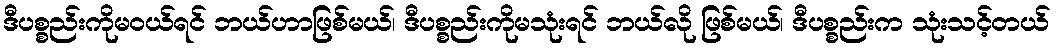
ဒီပစ္စည်းကိုမဝယ်ရင် ဘယ်ဟာဖြစ်မယ်၊ ဒီပစ္စည်းကိုမသုံးရင် ဘယ်လို ဖြစ်မယ်၊ ဒီပစ္စည်းက သုံးသင့်တယ်